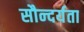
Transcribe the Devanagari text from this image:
सौन्‍दर्यता